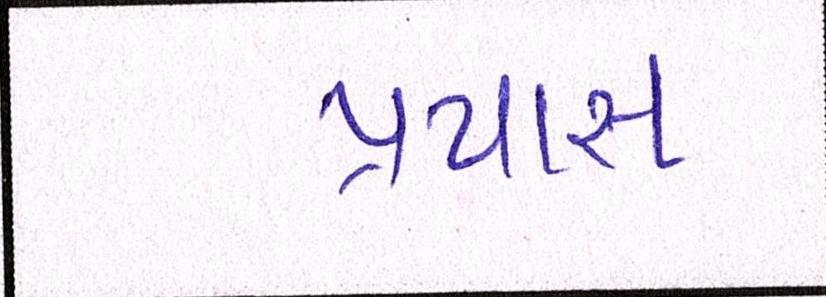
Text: પ્રયાસ